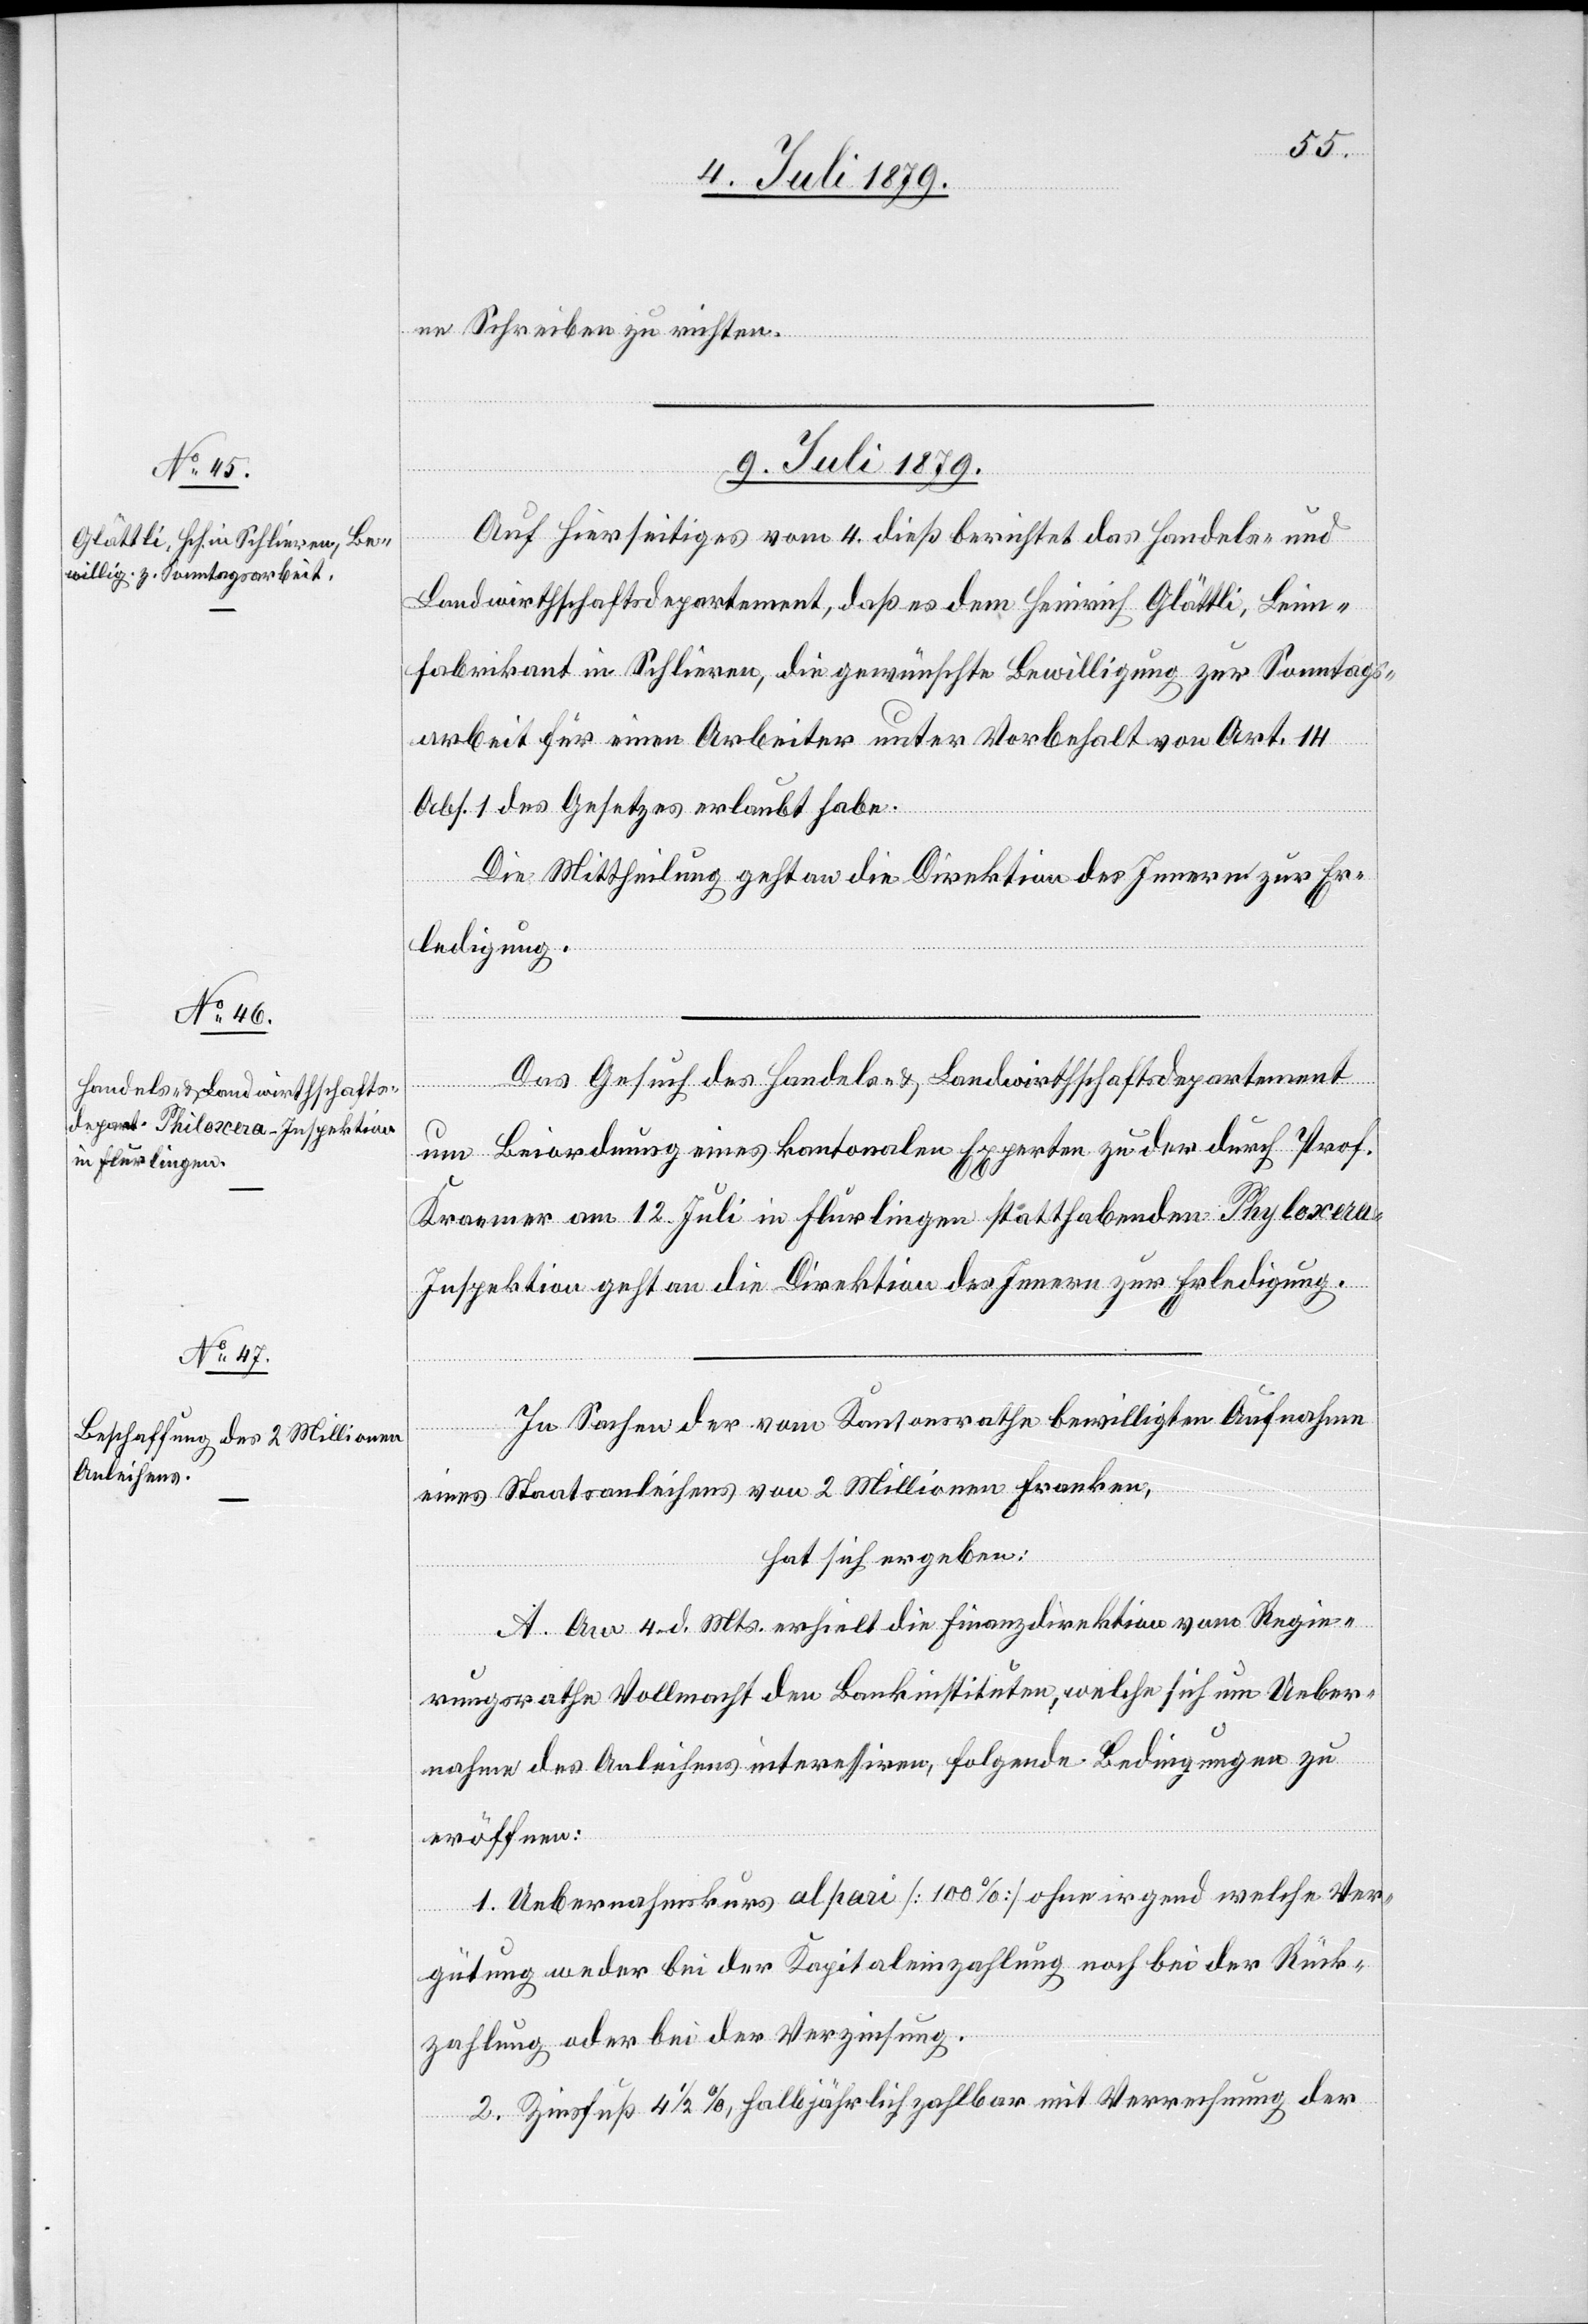
ne Schreiben zu richten.
9. Juli 1879.]
Auf Hierseitiges vom 4. dieß berichtet das Handels- und
Landwirthschaftsdepartement, daß es dem Heinrich Glättli, Leim¬
fabrikant in Schlieren, die gewünschte Bewilligung zur Sonntags¬
arbeit für einen Arbeiter unter Vorbehalt von Art. 14
Abs. 1 des Gesetzes erlaubt habe.
Die Mittheilung geht an die Direktion des Innern zur Er¬
ledigung.
Das Gesuch des Handels- & Landwirthschaftsdepartement
fügungen
um Beiordnung eines kantonalen Experten zu der durch Prof.
Kraemer am 12. Juli in Flurlingen statthabenden Phyloxera
nspektion geht an die Direktion des Innern zur Erledigung.
In Sachen der vom Kantonsrathe bewilligten Aufnahme
eines Staatsanleihens von 2 Millionen Franken,
hat sich ergeben:
A. Am 4. d. Mts. erhielt die Finanzdirektion vom Regie¬
rungsrathe Vollmacht den Bankinstituten, welche sich um Ueber¬
nahme des Anleihens interessiren, folgende Bedingungen zu
eröffnen:
1. Uebernahmskurs al pari [100%] ohne irgend welche Ver¬
gütung weder bei der Kapitaleinzahlung noch bei der Rück¬
zahlung oder bei der Verzinsung.
2. Zinsfuß 4 1/2%, halbjährlich zahlbar mit Verrechnung der
[Präs¬